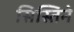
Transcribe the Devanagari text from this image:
सिस्तिने